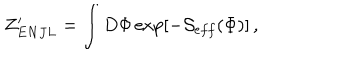
Z _ { E N J L } ^ { \prime } = \int D \Phi \exp \left[ - { \cal S } _ { e f f } ( \Phi ) \right] \, ,